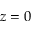
z = 0